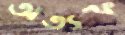
অত্যল্প